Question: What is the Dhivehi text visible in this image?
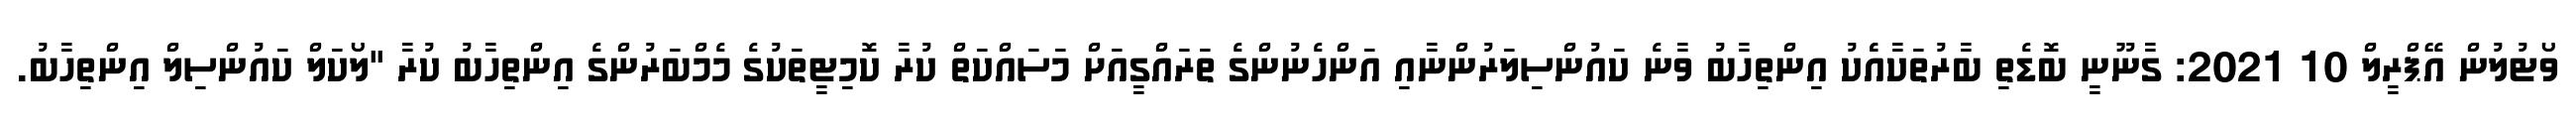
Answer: ވޯޓުލުން އޭޕްރީލް 10 2021: ގާނޫނީ ބޮޑެތި ބާރުތަކާއެެކު އިންތިހާބު ވާނެ ކައުންސިލަރުންނާއި އަންހެނުންގެ ތަރައްގީއަށް މަސައްކަތް ކުރާ ކޮމިޓީތަކުގެ މެމްބަރުންގެ އިންތިހާބު ކުރާ "ލޯކަލް ކައުންސިލް އިންތިހާބު.